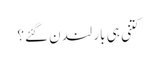
کتنی ہی بار لندن گئے؟